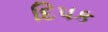
દિપક